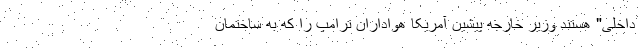
داخلی" هستند وزیر خارجه پیشین آمریکا هواداران ترامپ را که به ساختمان